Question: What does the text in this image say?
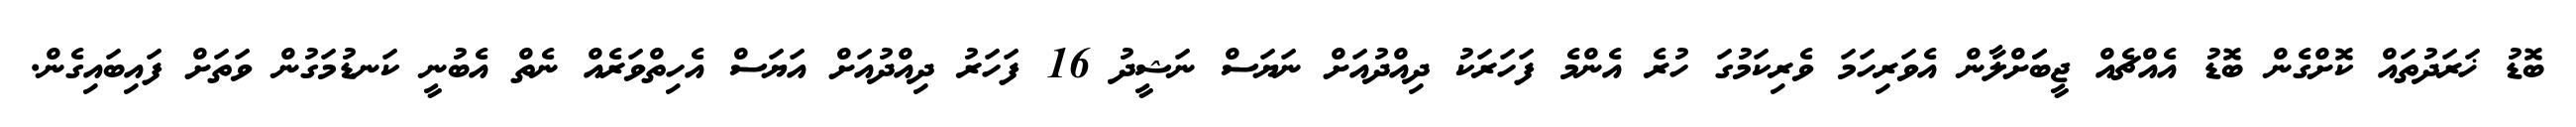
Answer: ބޮޑު ޚަރަދުތައް ކޮށްގެން ބޮޑު އެއްޗެއް ޖީބަަށްލާން އެވަރިހަމަ ވެރިކަމުގަ ހުރެ އެންމެ ފަހަރަކު ދިއްދުއަށް ނަޔަސް ނަޝީދު 16 ފަހަރު ދިއްދުއަށް އަޔަސް އެހިތްވަރެއް ނެތް އެބުނީ ކަނޑުމަގުން ވަތަށް ފައިބައިގެން.